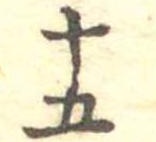
十五